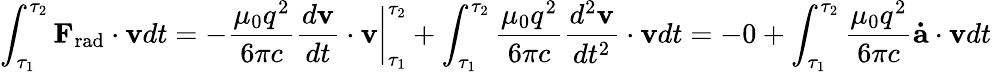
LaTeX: \int_{\tau_{1}}^{\tau_{2}}\mathbf{F}_{\mathrm{rad}}\cdot\mathbf{v}dt=-{\frac{\mu_{0}q^{2}}{6\pi c}}{\frac{d\mathbf{v}}{dt}}\cdot\mathbf{v}{\bigg|}_{\tau_{1}}^{\tau_{2}}+\int_{\tau_{1}}^{\tau_{2}}{\frac{\mu_{0}q^{2}}{6\pi c}}{\frac{d^{2}\mathbf{v}}{dt^{2}}}\cdot\mathbf{v}dt=-0+\int_{\tau_{1}}^{\tau_{2}}{\frac{\mu_{0}q^{2}}{6\pi c}}\mathbf{\dot{a}}\cdot\mathbf{v}dt